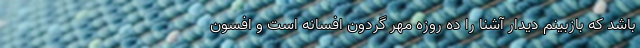
باشد که بازبینم دیدار آشنا را ده روزه مهر گردون افسانه است و افسون